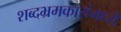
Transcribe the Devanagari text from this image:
शब्दभ्रमकारांमध्ये